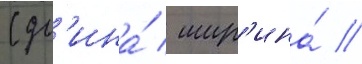
(дл'ина́ / шир'ина́ /